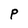
Character: P